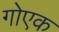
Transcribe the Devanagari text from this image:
गोएक